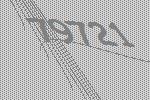
79721